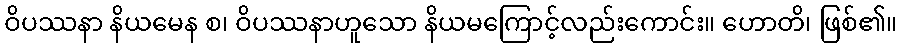
ဝိပဿနာ နိယမေန စ၊ ဝိပဿနာဟူသော နိယမကြောင့်လည်းကောင်း။ ဟောတိ၊ ဖြစ်၏။